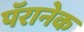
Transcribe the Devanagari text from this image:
पॅरानेक